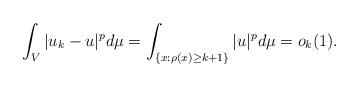
LaTeX: \begin{align*}\int_{V}|u_{k}-u|^{p}d\mu=\int_{\{x:\rho(x)\geq k+1\}}|u|^pd\mu=o_k(1).\end{align*}